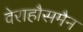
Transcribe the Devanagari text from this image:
वेराहौसमैन